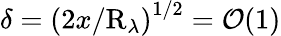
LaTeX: \delta=\left(2x/\mathrm{R}_{\lambda}\right)^{1/2}=\mathcal{O}(1)